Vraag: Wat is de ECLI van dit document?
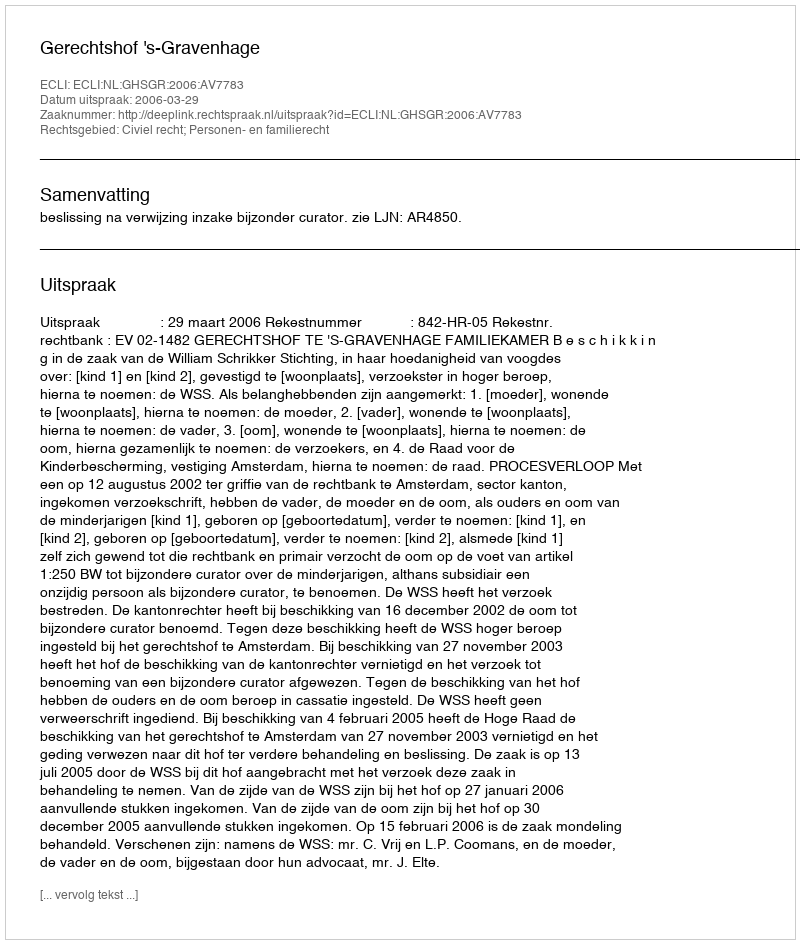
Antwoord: ECLI:NL:GHSGR:2006:AV7783